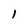
Character: l